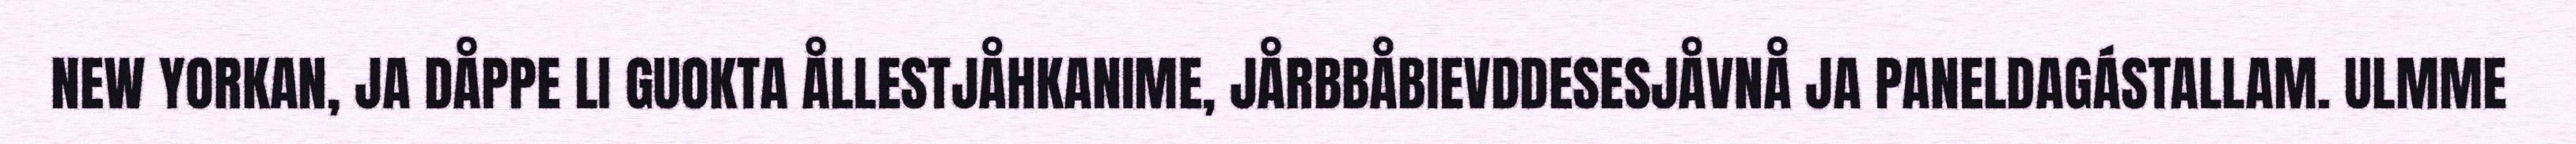
NEW YORKAN, JA DÅPPE LI GUOKTA ÅLLESTJÅHKANIME, JÅRBBÅBIEVDDESESJÅVNÅ JA PANELDAGÁSTALLAM. ULMME